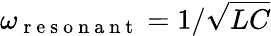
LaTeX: \omega_{\mathrm{~r~e~s~o~n~a~n~t~}}=1/\sqrt{LC}